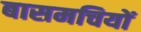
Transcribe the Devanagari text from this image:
बासमचियों